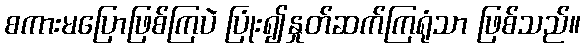
စကားမပြောဖြစ်ကြပဲ ပြုံး၍နှုတ်ဆက်ကြရုံသာ ဖြစ်သည်။